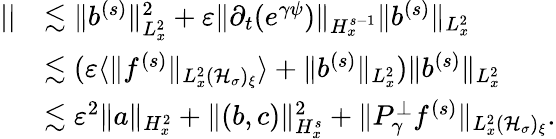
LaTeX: \begin{array}{rl}{||}&{\lesssim\| b^{(s)}\| _{L_{x}^{2}}^{2}+\varepsilon\| \partial_{t}(e^{\gamma\psi})\| _{H_{x}^{s-1}}\| b^{(s)}\| _{L_{x}^{2}}}\\ &{\lesssim(\varepsilon\langle\| f^{(s)}\| _{L_{x}^{2}(\mathcal H_{\sigma})_{\xi}}\rangle+\| b^{(s)}\| _{L_{x}^{2}})\| b^{(s)}\| _{L_{x}^{2}}}\\ &{\lesssim\varepsilon^{2}\| a\| _{H_{x}^{2}}+\| (b,c)\| _{H_{x}^{s}}^{2}+\| P_{\gamma}^{\perp}f^{(s)}\| _{L_{x}^{2}(\mathcal H_{\sigma})_{\xi}}.}\end{array}